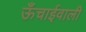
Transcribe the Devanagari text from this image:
ऊँचाईवाली